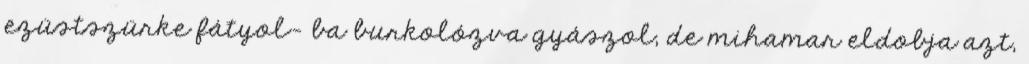
ezüstszürke fátyol- ba burkolózva gyászol, de mihamar eldobja azt,